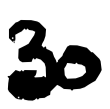
Text: 30
Cross-out: clean
Writing tool: digital_black